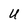
Character: U